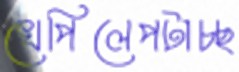
খেপিলেপটাচ্ছ